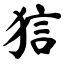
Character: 狺